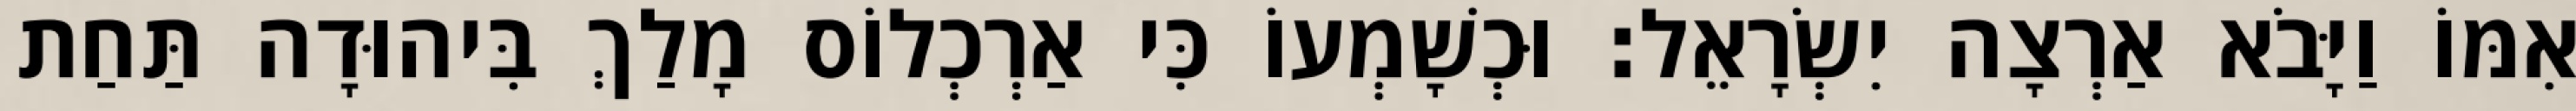
אִמּוֹ וַיָּבֹא אַרְצָה יִשְׂרָאֵל׃ וּכְשָׁמְעוֹ כִּי אַרְכְלוֹס מָלַךְ בִּיהוּדָה תַּחַת